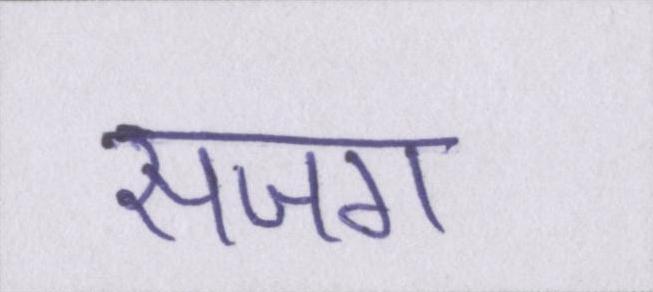
सजग